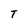
Character: T